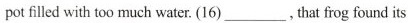
pot illed with too much water. (16) ___, that frog found its